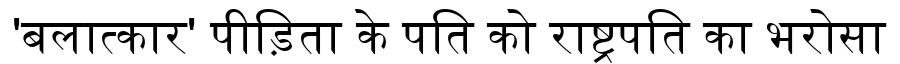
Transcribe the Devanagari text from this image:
'बलात्कार' पीड़िता के पति को राष्ट्रपति का भरोसा